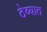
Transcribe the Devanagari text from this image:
ठेव्यात